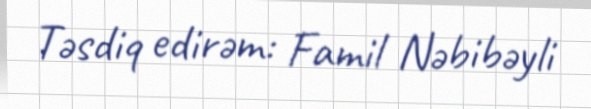
Təsdiq edirəm: Famil Nəbibəyli